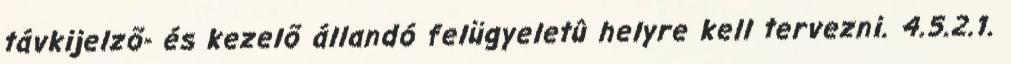
távkijelzõ- és kezelõ állandó felügyeletû helyre kell tervezni. 4.5.2.1.